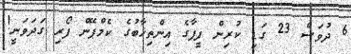
6 ދުވަސް 23 ގަޑި ކުރިން ފީފާގެ އިންތިޚާބުގެ ކެމްޕޭން ފޯރި ގަދަވަނީ!